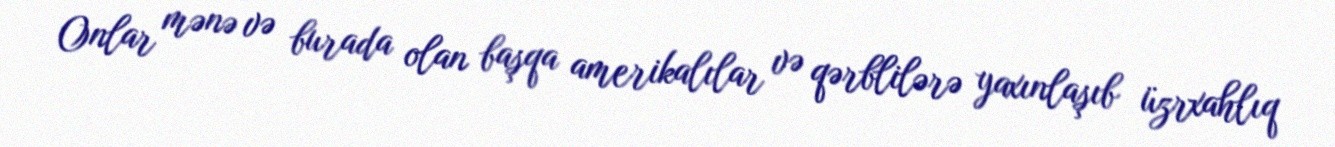
Onlar mənə və burada olan başqa amerikalılar və qərblilərə yaxınlaşıb üzrxahlıq